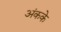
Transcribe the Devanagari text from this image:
अंकके